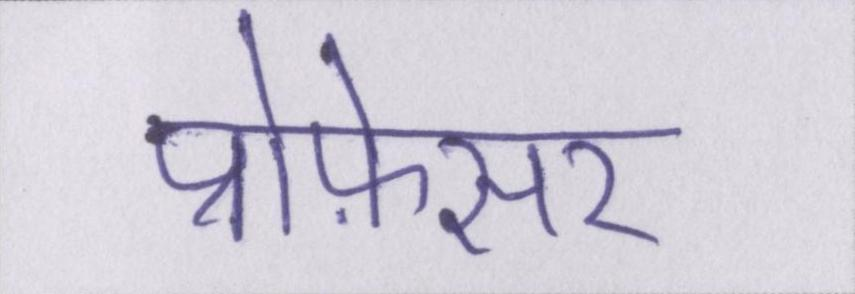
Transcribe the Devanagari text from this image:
प्रोफ़ेसर